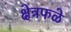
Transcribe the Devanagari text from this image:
क्षेत्रफळे